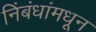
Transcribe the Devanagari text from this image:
निंबंधांमधून